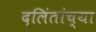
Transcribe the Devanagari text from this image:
दलिंतांच्या